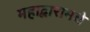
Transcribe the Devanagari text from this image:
महाद्वारामधे